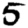
Digit: 5